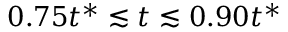
0 . 7 5 t ^ { * } \lesssim t \lesssim 0 . 9 0 t ^ { * }